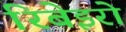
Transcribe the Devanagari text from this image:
रिबेइरो